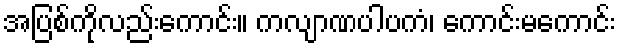
အပြစ်ကိုလည်းကောင်း။ ကလျာဏပါပကံ၊ ကောင်းမကောင်း